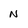
Character: N